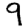
Digit: 9